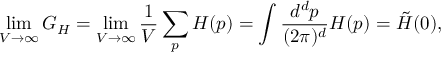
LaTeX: \operatorname * { l i m } _ { V \to \infty } G _ { H } = \operatorname * { l i m } _ { V \to \infty } \frac { 1 } { V } \sum _ { p } H ( p ) = \int \frac { d ^ { d } p } { ( 2 \pi ) ^ { d } } H ( p ) = \tilde { H } ( 0 ) ,